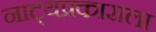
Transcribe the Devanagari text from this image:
नाट्यप्रकाराला